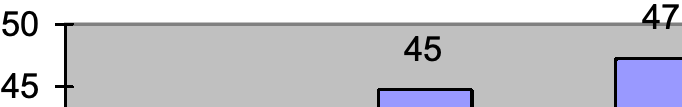
50                   47 45 45